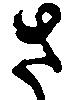
さ